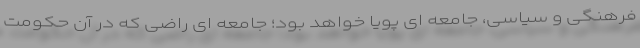
فرهنگی و سیاسی، جامعه ای پویا خواهد بود؛ جامعه ای راضی که در آن حکومت